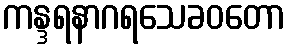
ကန္ဒရနာဂရသေခဝတော